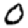
Digit: 0